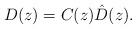
LaTeX: \begin{align*}D(z)= C(z)\hat D(z).\end{align*}